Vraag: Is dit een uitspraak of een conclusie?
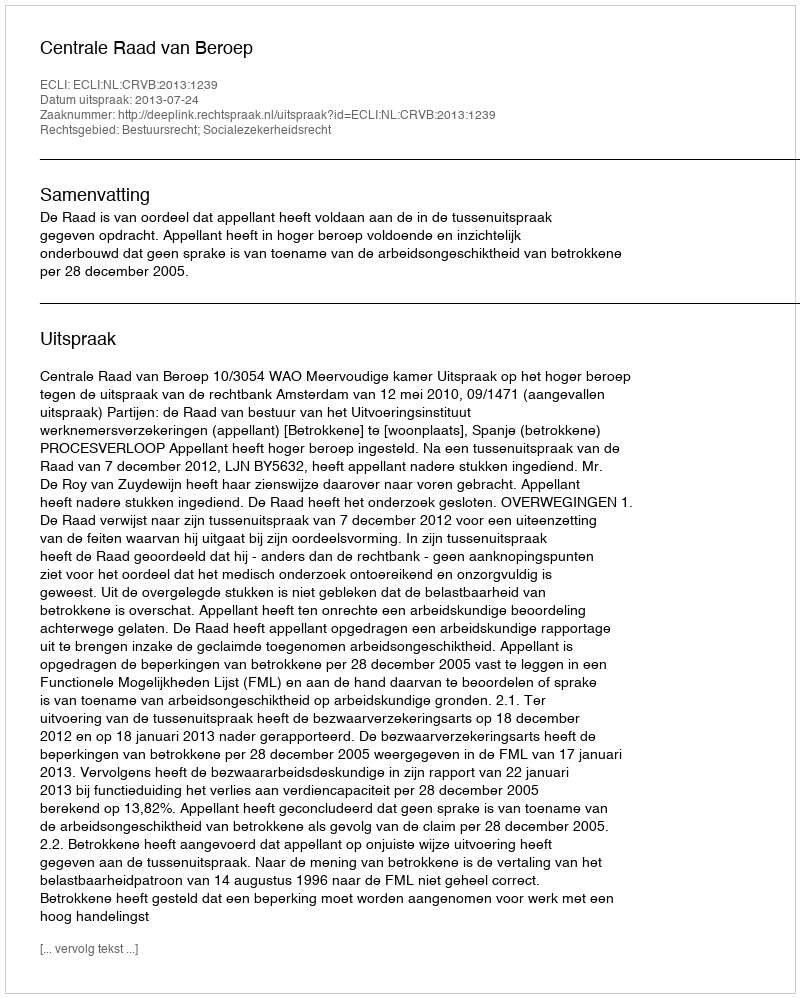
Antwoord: Uitspraak